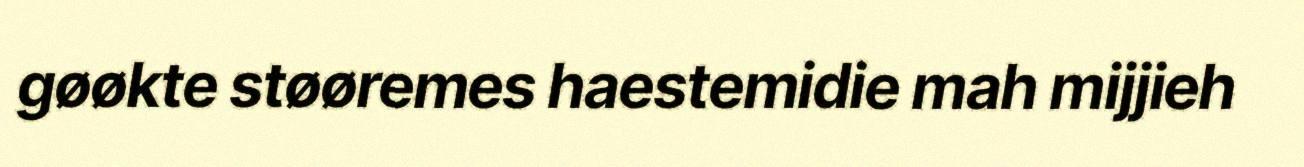
gøøkte støøremes haestemidie mah mijjieh